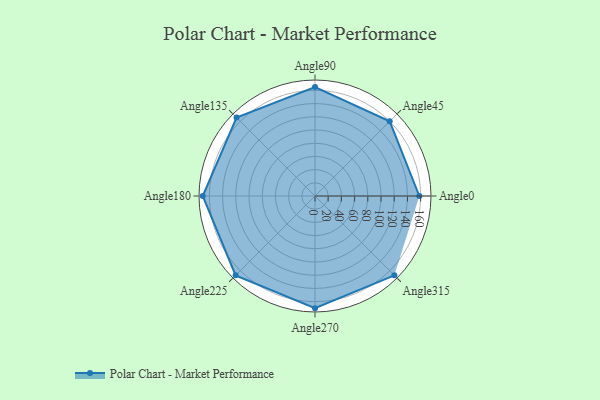
{"axis": {"x": "Angle", "y": "Radius"}, "legend": [""], "data": [{"x": "Angle0", "y": 158.0, "type": ""}, {"x": "Angle45", "y": 160.0, "type": ""}, {"x": "Angle90", "y": 165.0, "type": ""}, {"x": "Angle135", "y": 168.0, "type": ""}, {"x": "Angle180", "y": 170, "type": ""}, {"x": "Angle225", "y": 170, "type": ""}, {"x": "Angle270", "y": 170, "type": ""}, {"x": "Angle315", "y": 170, "type": ""}]}